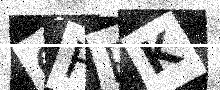
Text: GHPK